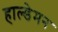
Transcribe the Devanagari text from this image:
हाल्डेमन